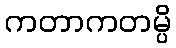
ကတာကတမ္ပိ